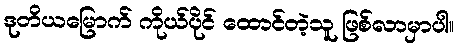
ဒုတိယမြောက် ကိုယ်ပိုင် ထောင်တဲ့သူ ဖြစ်လာမှာပါ။